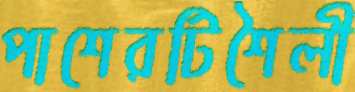
পাশেরটিশৈলী